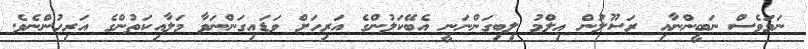
ނަމަވެސް ނަބީންނާއި ރަސޫލުން ޢިލްމު ލިބިގަންނަނީ އެބޭކަލުންގެ އަރިހަށް ވަޑައިގަންނަވާ މަލާއިކަތުންގެ އަރިހުންނެވެ.